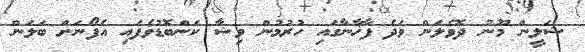
ޝަލީން މޫނު ދޮވެލަން ވަދެ ފާޚާނާގައި ހުރުމުން ވިޝާ ކަންބޮޑުވެފައި އެފޯނަށް ބަލަން